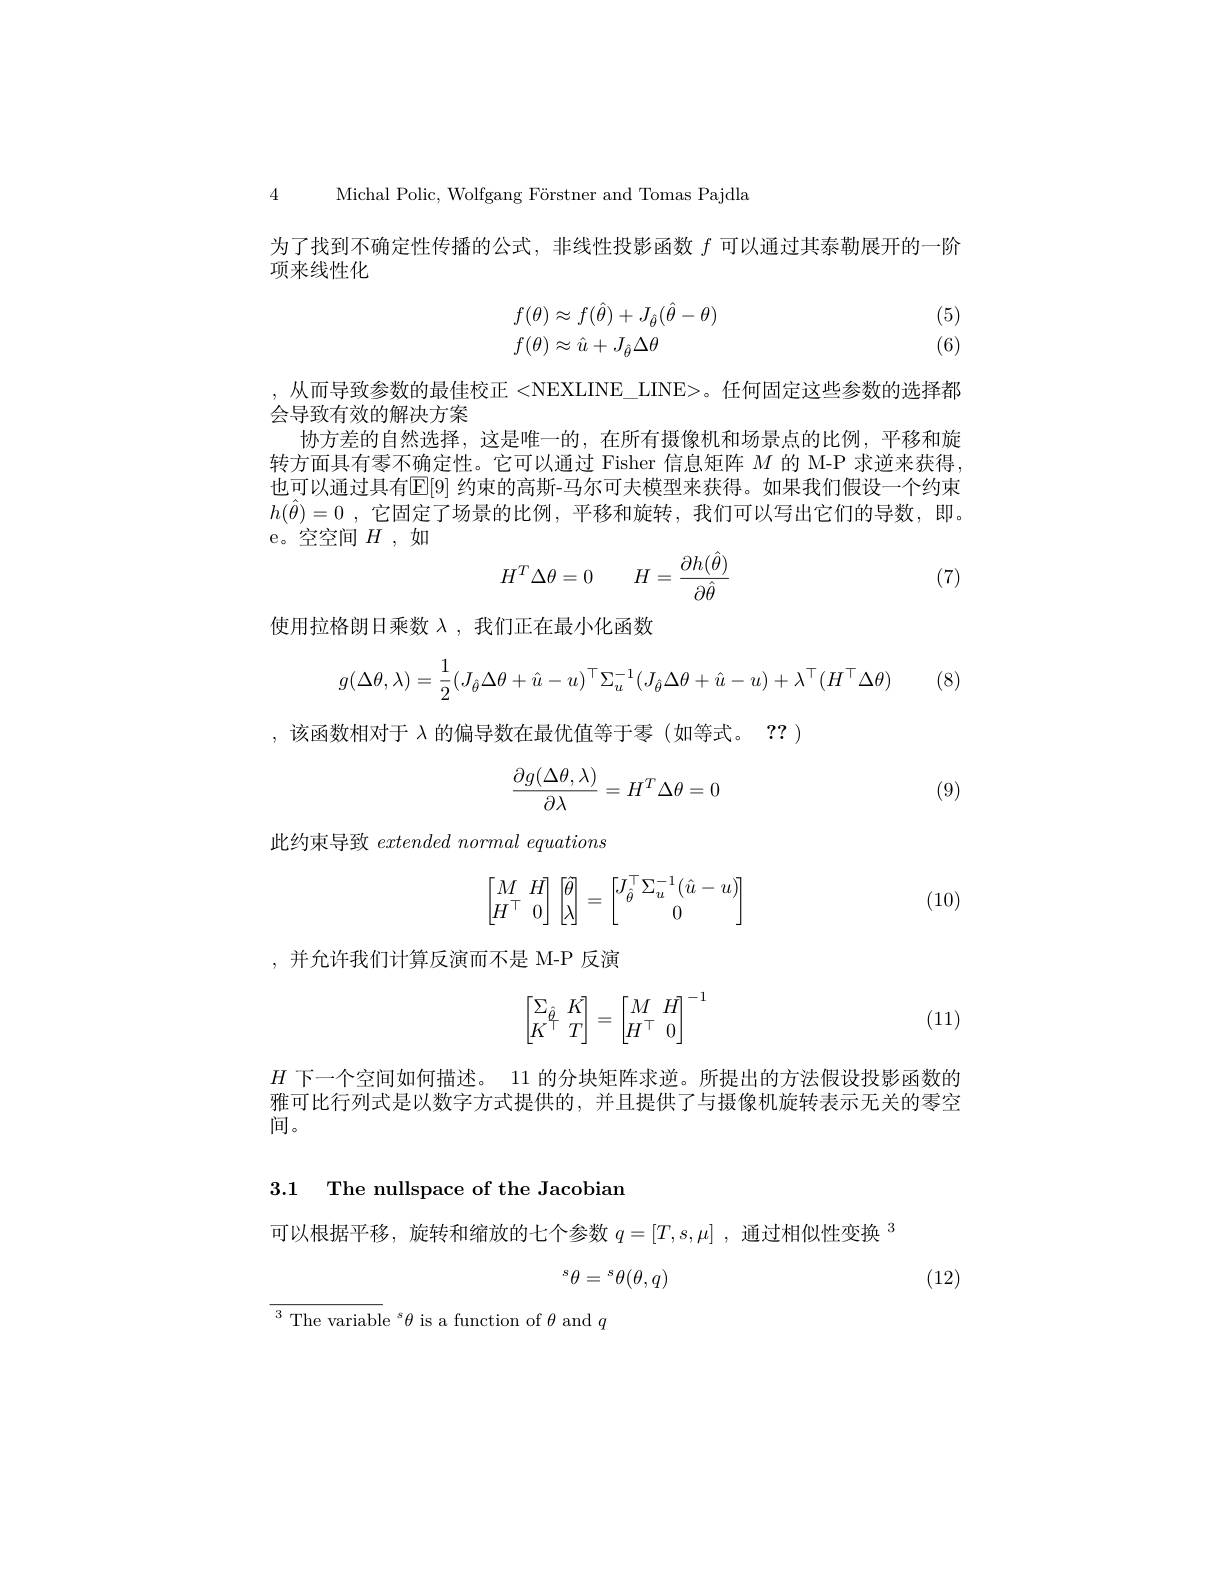
4 Michal Polic, Wolfgang Förstner and Tomas Pajdla
为了找到不确定性传播的公式，非线性投影函数$f$可以通过其泰勒展开的一阶
项来线性化
$$\begin{array}{l}f(\theta)\approx f(\hat\theta)+J_{\hat\theta}(\hat\theta-\theta)\\f(\theta)\approx\hat u+J_{\hat\theta}\Delta\theta\end{array}$$
(5) (6)

, 从而导致参数的最佳校正 <NEXLINE\_LINE>。任何固定这些参数的选择都
会导致有效的解决方案
协方差的自然选择，这是唯一的，在所有摄像机和场景点的比例，平移和旋转方面具有零不确定性。它可以通过 Fisher 信息矩阵$M$的 M-P 求逆来获得也可以通过具有[E[9] 约束的高斯-马尔可夫模型来获得。如果我们假设一个约束$h(\hat{\theta})=0$ ,它固定了场景的比例，平移和旋转，我们可以写出它们的导数，即。e。空空间$H$ ,如

(7)
$$H^T\Delta\theta=0\quad H=\frac{\partial h(\hat\theta)}{\partial\hat\theta}$$
使用拉格朗日乘数$\lambda$ ,我们正在最小化函数

(8)
$$g(\Delta\theta,\lambda)=\dfrac{1}{2}(J_{\hat{\theta}}\Delta\theta+\hat{u}-u)^\top\Sigma_{u}^{-1}(J_{\hat{\theta}}\Delta\theta+\hat{u}-u)+\lambda^\top(H^\top\Delta\theta)$$
,该函数相对于 λ的偏导数在最优值等于零(如等式。?? )
$$\begin{aligned}\frac{\partial g(\Delta\theta,\lambda)}{\partial\lambda}=H^T\Delta\theta=0\end{aligned}$$
(9)

此约束导致extended normal equations
$$\begin{bmatrix}M&H\\H^\top&0\end{bmatrix}\begin{bmatrix}\hat{\theta}\\\lambda\end{bmatrix}=\begin{bmatrix}J_{\hat{\theta}}^\top\Sigma_u^{-1}(\hat{u}-u)\\0\end{bmatrix}$$
(10)

,并允许我们计算反演而不是 M-P 反演
$$\begin{bmatrix}\Sigma_{\hat{\theta}}&K\\K^\top&T\end{bmatrix}=\begin{bmatrix}M&H\\H^\top&0\end{bmatrix}^{-1}$$
(11)

$H$下一个空间如何描述。11 的分块矩阵求逆。所提出的方法假设投影函数的雅可比行列式是以数字方式提供的，并且提供了与摄像机旋转表示无关的零空间。

3.1 The nullspace of the Jacobian

可以根据平移，旋转和缩放的七个参数$q= [ T, s, \mu ]$ ,  $\text{通 过 相 似 性 变 换  }^3$

(12)
$${}^s\theta={}^s\theta(\theta,q)$$